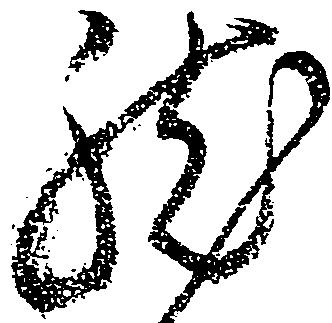
然